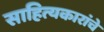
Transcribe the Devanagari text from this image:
साहित्यकारांचे